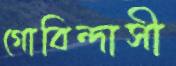
গোবিন্দাসী